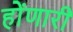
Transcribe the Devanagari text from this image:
होंणारी